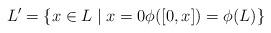
LaTeX: \begin{align*}L'=\{x\in L\mid x=0\phi([0,x])=\phi(L)\}\end{align*}